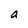
Character: a